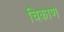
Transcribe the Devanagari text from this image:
चिकाण